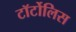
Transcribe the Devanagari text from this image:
टॉर्टोलिस